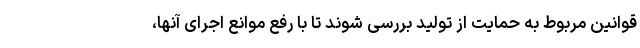
قوانین مربوط به حمایت از تولید بررسی شوند تا با رفع موانع اجرای آنها،